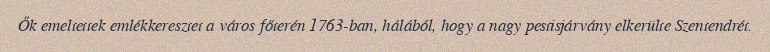
Ők emeltettek emlékkeresztet a város főterén 1763-ban, hálából, hogy a nagy pestisjárvány elkerülte Szentendrét.